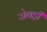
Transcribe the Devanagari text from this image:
जेवड़ी